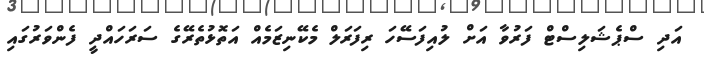
އަދި ސްޕެޝަލިސްޓް ފަރުވާ އަށް ލުއިފަސޭހަ ރިފަރަލް މެކޭނިޒަމެއް އަތޮޅުތެރޭގެ ސަރަހައްދީ ފެންވަރުގައި